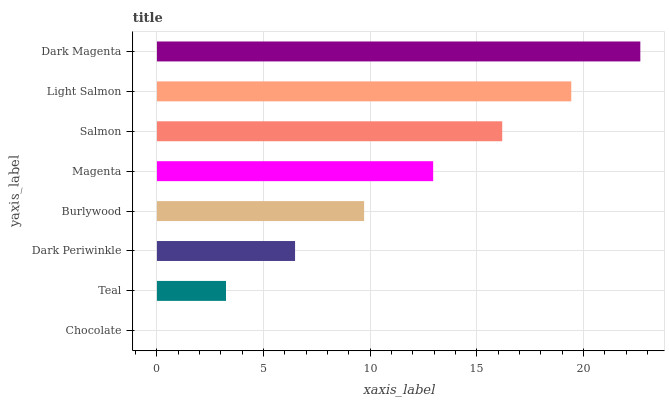
| yaxis_label | bars |
 | --- | --- |
 | Chocolate | 0 |
 | Teal | 3.24 |
 | Dark Periwinkle | 6.47 |
 | Burlywood | 9.71 |
 | Magenta | 12.9 |
 | Salmon | 16.2 |
 | Light Salmon | 19.4 |
 | Dark Magenta | 22.7 |